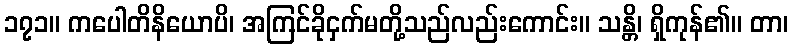
၁၇၁။ ကပေါတိနိယောပိ၊ အကြင်ခိုငှက်မတို့သည်လည်းကောင်း။ သန္တိ၊ ရှိကုန်၏။ တာ၊